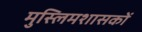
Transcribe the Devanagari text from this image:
मुस्लिमशासकों